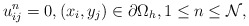
\begin{align*} u_{ij}^{n}=0,(x_i,y_j)\in\partial\Omega_{h},1\leq n\leq \mathcal{N}, \end{align*}